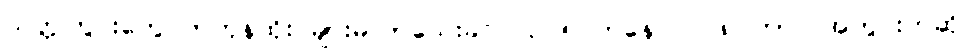
သတ္တုတွင်းတွေ တဟုန်ထိုး များမလာသေးခင် ၂၀၀၅ ကနေ ၂၀၀၈ ကာလအတွင်းကဆို